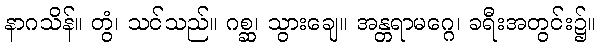
နာဂသိန်။ တွံ၊ သင်သည်။ ဂစ္ဆ၊ သွားချေ။ အန္တရာမဂ္ဂေ၊ ခရီးအတွင်း၌။